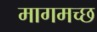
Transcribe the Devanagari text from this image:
मागमच्छ